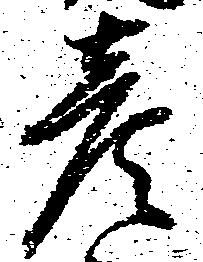
彦